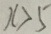
x > 5